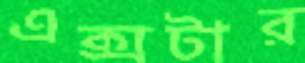
এক্সটার